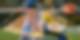
ক